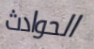
الحوادث